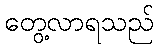
တွေ့လာရသည်